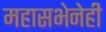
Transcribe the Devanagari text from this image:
महासभेनेही